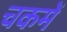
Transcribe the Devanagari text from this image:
चकमें